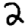
Digit: 2